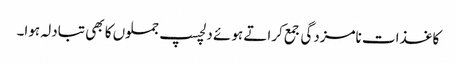
کاغذات نامزدگی جمع کراتے ہوئے دلچسپ جملوں کا بھی تبادلہ ہوا۔